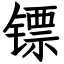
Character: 镖